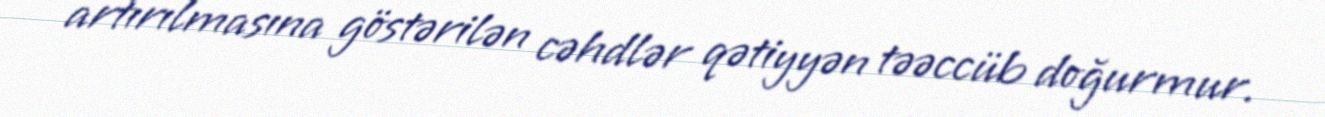
artırılmasına göstərilən cəhdlər qətiyyən təəccüb doğurmur.